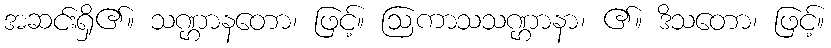
အဆင်းရှိ၏။ သဏ္ဌာနတော၊ ဖြင့်။ ဩကာသသဏ္ဌာနာ၊ ၏။ ဒိသတော၊ ဖြင့်။